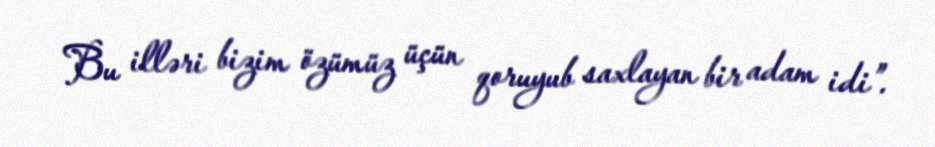
Bu illəri bizim özümüz üçün qoruyub saxlayan bir adam idi”.